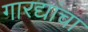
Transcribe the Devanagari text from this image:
गारद्यांचा